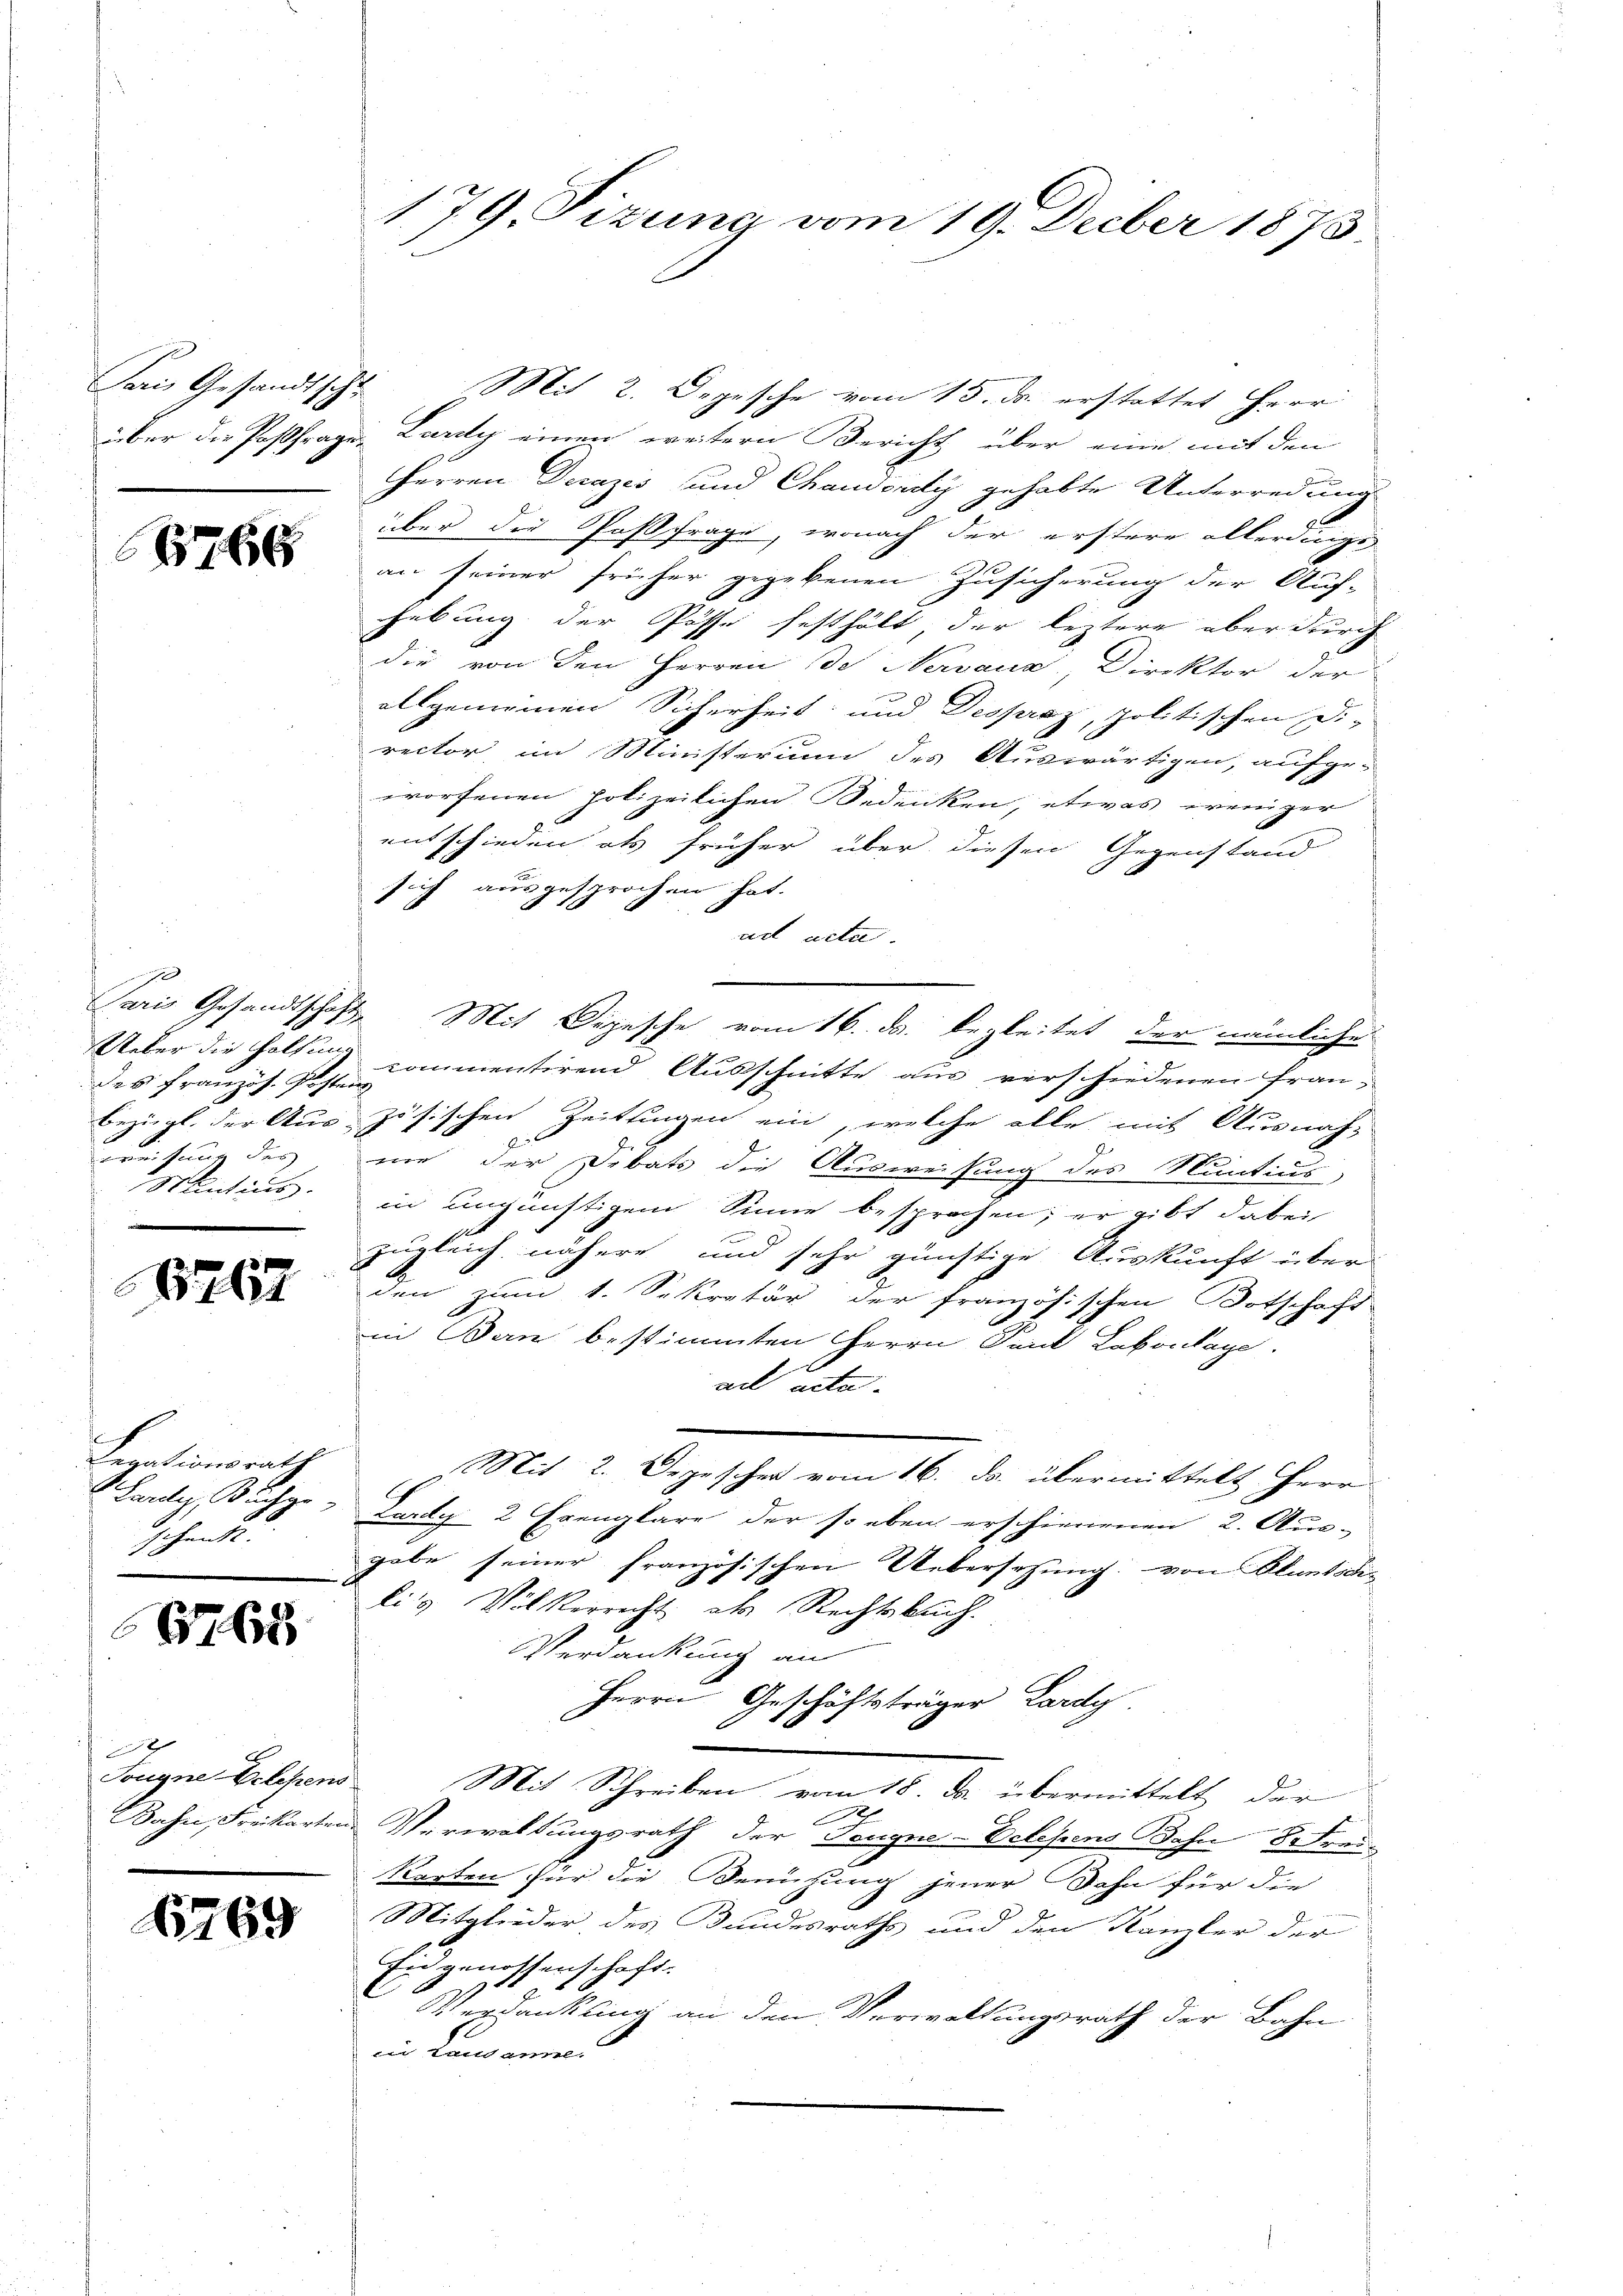
6766

e
Ueber die Holzung
Sentius

5767

e
Legationsrath
Lauly, Buchze
schenkt.

6765

h

6769

Paris Gesandtsche Mit 2. Depesche vom 15. ds. erstattet Herr
über die Postfrage Lardy einen weitern Bericht über eine mit den
Herren Decazis und Chaudony gehabte Unterredung
über die Pastfrage, wonach der erstere allerdinge
an seiner früher gegebenen Zusicherung der Auf-
hebung der Posse festhält der leztere aber durch
die von den Herren de Nervana, Direktor der
allgemeinen Sicherheit und Despaz, politischen Di-
rector im Ministerium des Auswärtigen, aufge-
worfenen polizeilichen Bedenken, etwas weniger
entschieden als früher über diesen Gegenstand
sich ausgesprochen hat.
ad acta.
Paris Gesandtschaft, Mit Depesche vom 16. ds. begleitet, der nämliche
des Französ. Pipementirend Ausschnitte aus verschiedenen Fraubezügl. der Auszösischen Zeitungen ein, welche alle mit Ausnah-
f
weisung des nie der Debats die Ausweisung des Muntius
in ungünstigem Sinne besprochen; er gibt dabei
zugleich nähere und sehr günstige Auskunft über
den zum 1. Sekretär der französischen Botschaft
in Bern bestimmten Herrn Dank Labontage.
ad acta.
Mit 2. Depeschen vom 16. ds. übermittelt Herr
Larty 2 Exemplare der so eben erschienenen 2. Aus-
gabe seiner französischen Uebersetzung: von Plant die
li's Völkerrecht als Rechtsbuch.
Verdankung an
Herrn Geschäftsträger Lardy
Sougne Belegens Mit Schreiben vom 18. ds. übermittelt der
Bahn, Freikarten Verwaltungsrath der Teugne-Velesens Bahn 8 Frei-
Karten für die Benutzung jener Dahn für die
.
Mitglieder des Bundesraths und den Kanzler der
Ein genossenschaft.
Verdankung an den Verwaltungsrath der Bahn
 Landamel.

179. Sizung vom 19. Decber 1873.